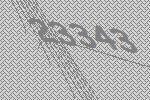
23343